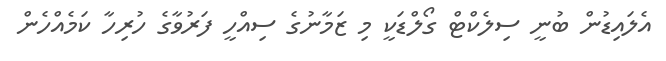
އެލައިޑުން ބުނީ ސިލެކްޓް ގޯލްޑަކީ މި ޒަމާނުގެ ސިއްހީ ފަރުވާގެ ހުރިހާ ކަމެއްހެން